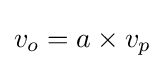
v_{o}=a\times v_{p}